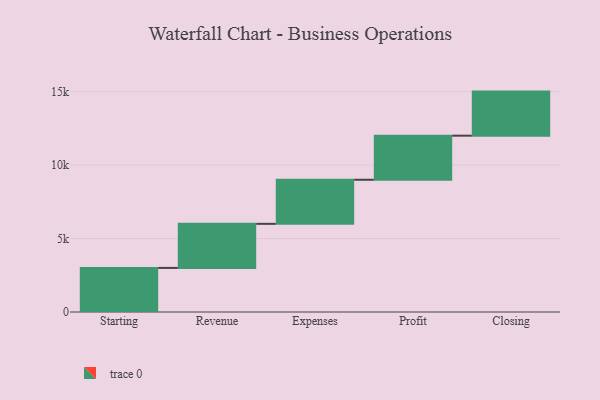
{"axis": {"x": "Step", "y": "Value"}, "legend": [""], "data": [{"x": "Starting", "y": 3000, "type": ""}, {"x": "Revenue", "y": 3000, "type": ""}, {"x": "Expenses", "y": 3000, "type": ""}, {"x": "Profit", "y": 3000, "type": ""}, {"x": "Closing", "y": 3000, "type": ""}]}